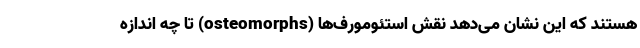
هستند که این نشان می‌دهد نقش استئومورف‌ها (osteomorphs) تا چه اندازه